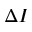
\Delta I